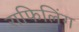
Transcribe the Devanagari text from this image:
राफिलिंग